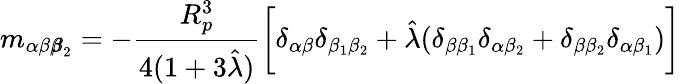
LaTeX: m_{\alpha\beta{\pmb\beta}_{2}}=-\frac{R_{p}^{3}}{4(1+3\hat{\lambda})}\bigg[\delta_{\alpha\beta}\delta_{\beta_{1}\beta_{2}}+\hat{\lambda}(\delta_{\beta\beta_{1}}\delta_{\alpha\beta_{2}}+\delta_{\beta\beta_{2}}\delta_{\alpha\beta_{1}})\bigg]